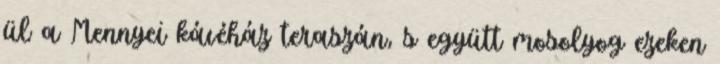
ül a Mennyei kávéház teraszán, s együtt mosolyog ezeken